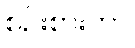
စဉ်းစားကာ